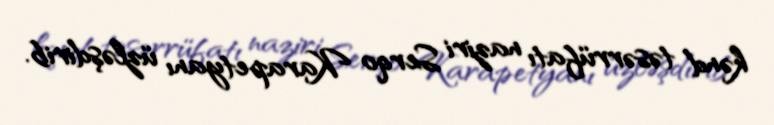
kənd təsərrüfatı naziri Serqo Karapetyanı üzləşdirib.